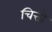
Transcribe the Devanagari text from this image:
चित्तो